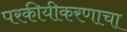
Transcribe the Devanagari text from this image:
परकीयीकरणाचा